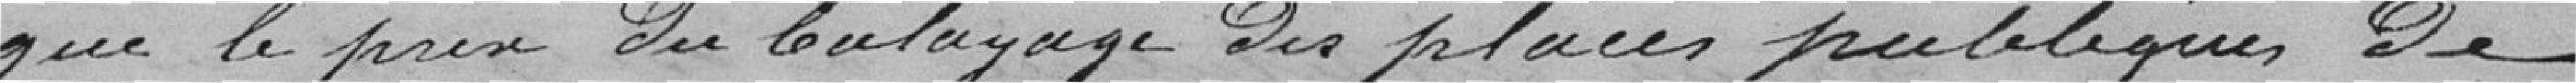
que le prix du balayage des publiques de